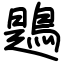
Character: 鶗